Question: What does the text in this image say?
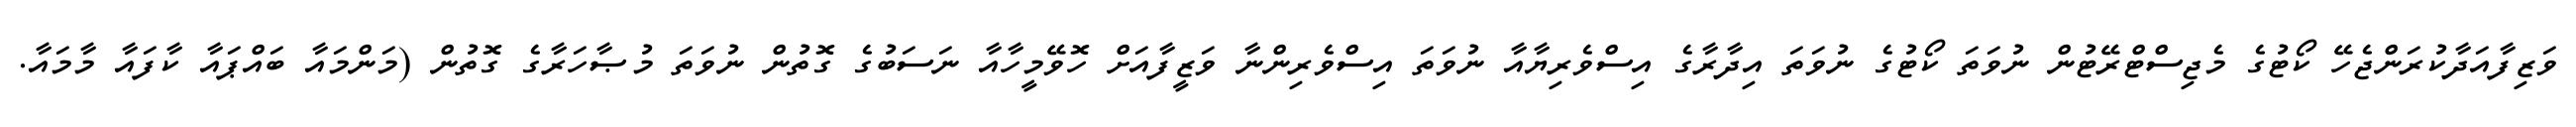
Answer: ވަޒިފާއަދާކުރަންޖެހޭ ކޯޓުގެ މެޖިސްޓްރޭޓުން ނުވަތަ ކޯޓުގެ ނުވަތަ އިދާރާގެ އިސްވެރިޔާއާ ނުވަތަ އިސްވެރިންނާ ވަޒީފާއަށް ހޮވޭމީހާއާ ނަސަބުގެ ގޮތުން ނުވަތަ މުޞާހަރާގެ ގޮތުން (މަންމައާ ބައްޕައާ ކާފައާ މާމައާ.